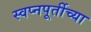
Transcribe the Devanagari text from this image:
स्वप्नपूर्तीच्या